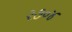
૨૭૦૪